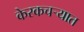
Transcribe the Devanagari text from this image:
केरकचर्‍यात